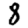
Digit: 8